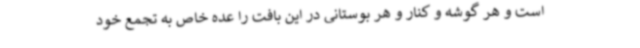
است و هر گوشه و کنار و هر بوستانی در این بافت را عده خاص به تجمع خود